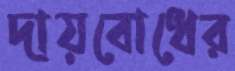
দায়বোধের